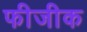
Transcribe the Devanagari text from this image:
फीजीक